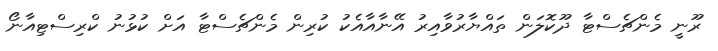
ރޫނީ މެންޗެސްޓާ ދޫކޮލަން ތައްޔާރުވާއިރު އޭނާއާއެކު ކުރިން މެންޗެސްޓާ އަށް ކުޅުނު ކްރިސްޓިއާނޯ